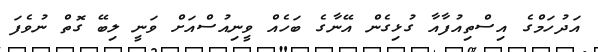
އަދުހަމްގެ އިސްތިއުފާއާ ގުޅިގެން އޭނާގެ ބަހެއް ވީނިއުސްއަށް ވަނީ ލިބޭ ގޮތް ނުވެފަ